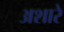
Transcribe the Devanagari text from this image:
अशारे